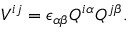
V ^ { i j } = \epsilon _ { \alpha \beta } Q ^ { i \alpha } Q ^ { j \beta } .